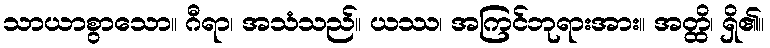
သာယာစွာသော။ ဂီရာ၊ အသံသည်။ ယဿ၊ အကြင်ဘုရားအား။ အတ္ထိ၊ ရှိ၏။